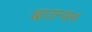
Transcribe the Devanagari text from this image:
ब्राउन्सन